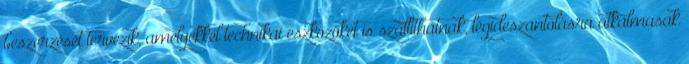
beszerzését tervezik, amelyekkel technikai eszközöket is szállíthatnak, légideszantolásra alkalmasak